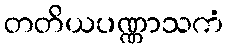
တတိယပဏ္ဏာသကံ